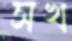
সখ